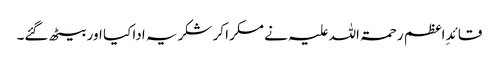
قائدِ اعظم رحمۃ اللہ علیہ نے مسکرا کر شکریہ ادا کیا اور بیٹھ گئے۔